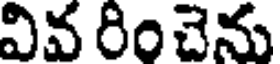
వివ రించెను